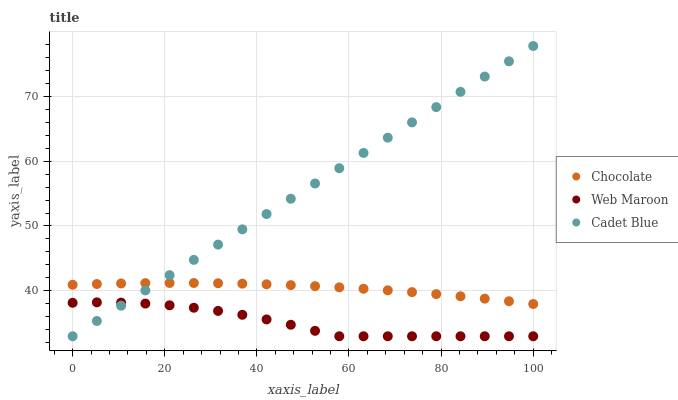
| xaxis_label | Chocolate | Web Maroon | Cadet Blue |
 | --- | --- | --- | --- |
 | 0 | 40.9 | 38.2 | 33 |
 | 5.26 | 41.1 | 38.2 | 35.4 |
 | 10.5 | 41.1 | 38.2 | 37.7 |
 | 15.8 | 41.2 | 38 | 40.1 |
 | 21.1 | 41.2 | 37.8 | 42.4 |
 | 26.3 | 41.2 | 37.4 | 44.8 |
 | 31.6 | 41.2 | 36.9 | 47.1 |
 | 36.8 | 41.1 | 36.3 | 49.5 |
 | 42.1 | 41 | 35.6 | 51.8 |
 | 47.4 | 40.9 | 34.8 | 54.2 |
 | 52.6 | 40.7 | 33.8 | 56.5 |
 | 57.9 | 40.5 | 33 | 58.9 |
 | 63.2 | 40.3 | 33 | 61.3 |
 | 68.4 | 40.1 | 33 | 63.6 |
 | 73.7 | 39.8 | 33 | 66 |
 | 78.9 | 39.5 | 33 | 68.3 |
 | 84.2 | 39.2 | 33 | 70.7 |
 | 89.5 | 38.8 | 33 | 73 |
 | 94.7 | 38.4 | 33 | 75.4 |
 | 100 | 38 | 33 | 77.7 |